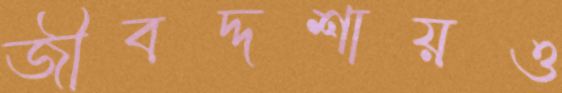
জীবদ্দশায়ও